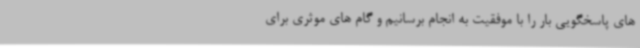
های پاسخگویی بار را با موفقیت به انجام برسانیم و گام های موثری برای